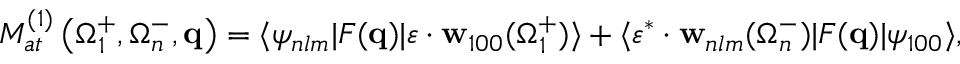
{ \cal M } _ { a t } ^ { ( 1 ) } \left( \Omega _ { 1 } ^ { + } , \Omega _ { n } ^ { - } , \mathbf { q } \right) = \langle \psi _ { n l m } | F ( \mathbf { q } ) | \boldsymbol { \varepsilon } \cdot { \mathbf { w } } _ { 1 0 0 } ( \Omega _ { 1 } ^ { + } ) \rangle + \langle \boldsymbol { \varepsilon } ^ { * } \cdot { \mathbf { w } } _ { n l m } ( \Omega _ { n } ^ { - } ) | F ( \mathbf { q } ) | \psi _ { 1 0 0 } \rangle ,